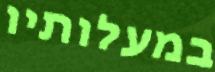
במעלותיו